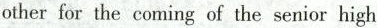
otherfor the coming of the senior high